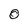
Character: 0